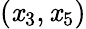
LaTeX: (\mathit{x}_{3},\mathit{x}_{5})